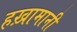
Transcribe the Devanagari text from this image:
हख़ामानी